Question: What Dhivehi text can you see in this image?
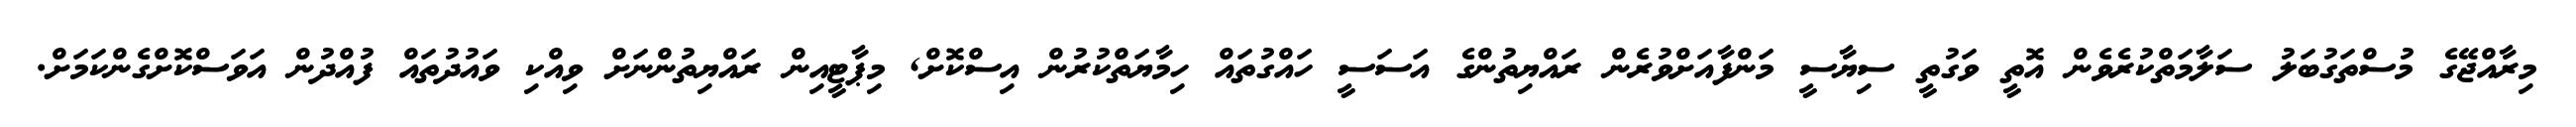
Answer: މިރާއްޖޭގެ މުސްތަގުބަލު ސަލާމަތްކުރެވެން އޮތީ ވަގުތީ ސިޔާސީ މަންފާއަށްވުރެން ރައްޔިތުންގެ އަސަސީ ހައްގުތައް ހިމާޔަތްކުރުން އިސްކޮށް, މިޕާޓީއިން ރައްޔިތުންނަށް ވިއްކި ވައުދުތައް ފުއްދުން އަވަސްކޮށްގެންކަމަށް.